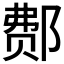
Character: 𰻳